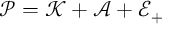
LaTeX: { \mathcal P } = { \mathcal K } + \mathcal { A } + { \mathcal E } _ { + }